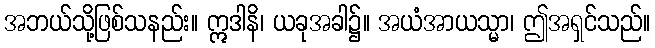
အဘယ်သို့ဖြစ်သနည်း။ ဣဒါနိ၊ ယခုအခါ၌။ အယံအာယသ္မာ၊ ဤအရှင်သည်။